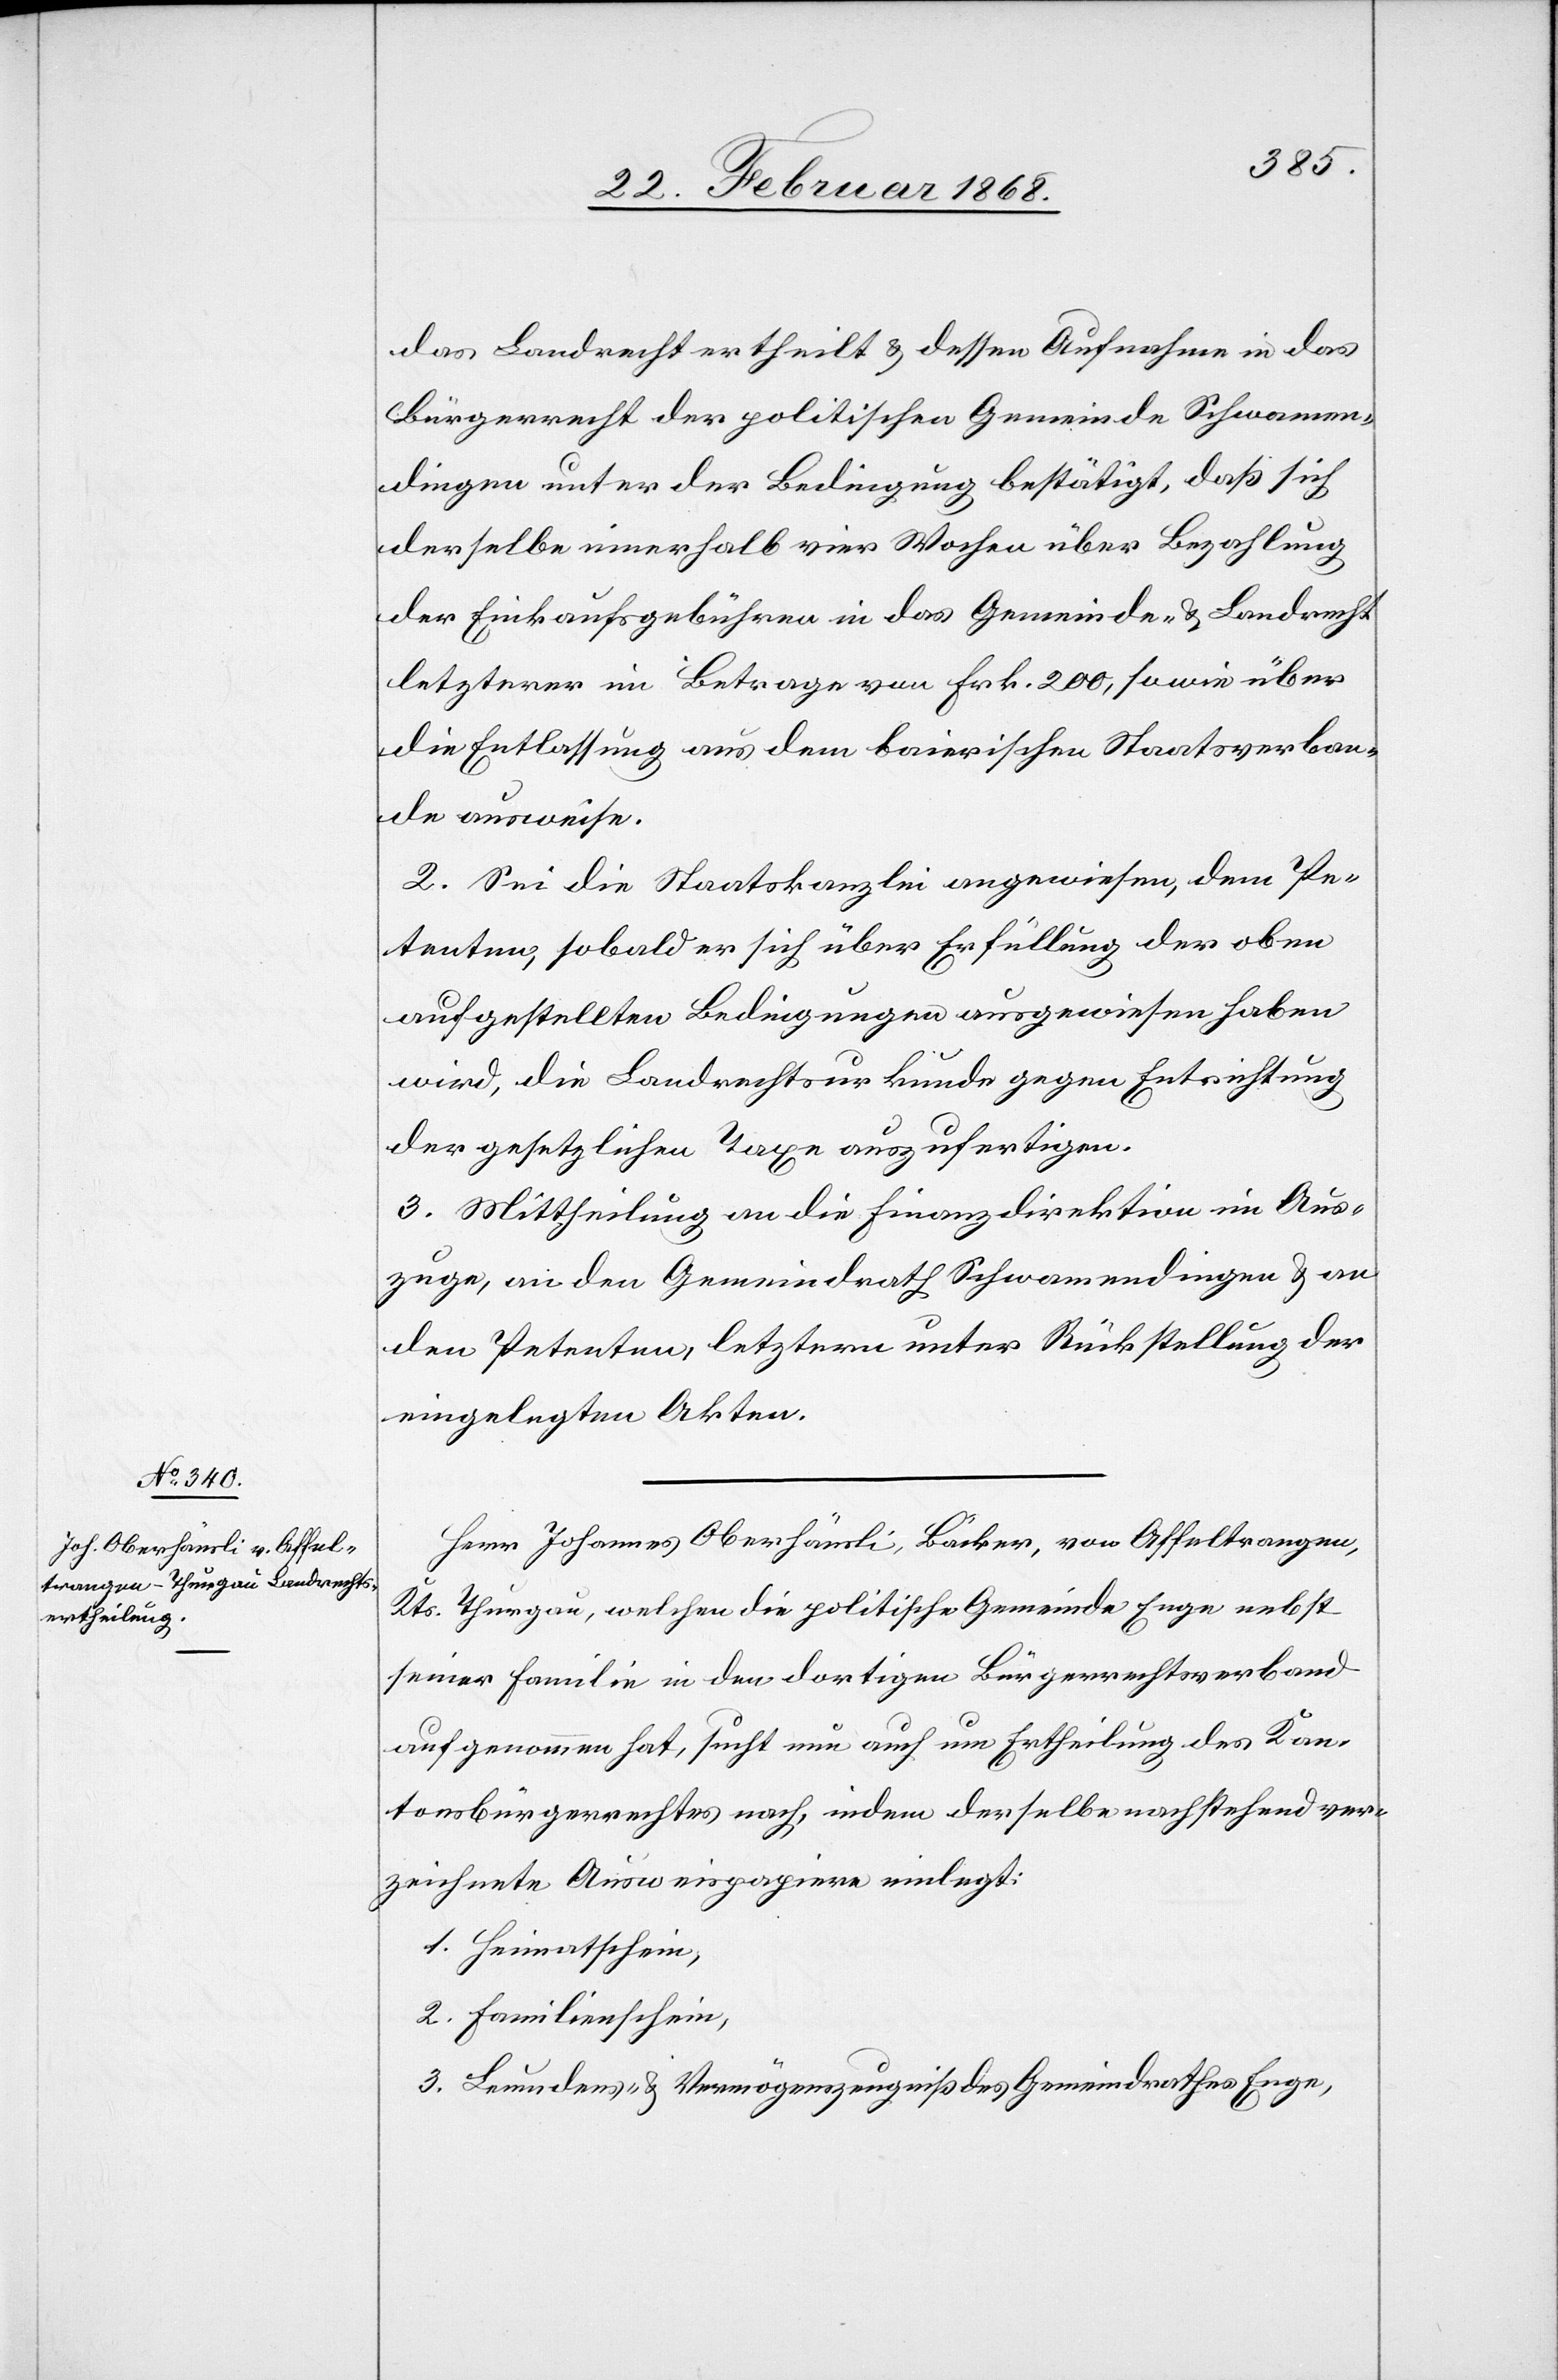
das Landrecht ertheilt & dessen Aufnahme in das
Bürgerrecht der politischen Gemeinde Schwamen¬
dingen unter der Bedingung bestätigt, daß sich
derselbe innerhalb vier Wochen über Bezahlung
der Einkaufsgebühren in das Gemeinde- & Landrecht
letzterer im Betrage von Frk. 200, sowie über
die Entlassung aus dem baierischen Staatsverban¬
de ausweise.
2. Sei die Staatskanzlei angewiesen, dem Pe¬
tenten, sobald er sich über Erfüllung der oben
aufgestellten Bedingungen ausgewiesen haben
wird, die Landrechtsurkunde gegen Entrichtung
der gesetzlichen Taxe auszufertigen.
3. Mittheilung an die Finanzdirektion im Aus¬
zuge, an den Gemeindrath Schwamendingen & an
den Petenten, letztern unter Rückstellung der
eingelegten Akten.
Herr Johannes Oberhäusli, Bäcker, von Affeltrangen,
Kts. Thurgau, welchen die politische Gemeinde Enge nebst
seiner Familie in den dortigen Bürgerrechtsverband
aufgenommen hat, sucht nun auch um Ertheilung des Kan¬
tonsbürgerrechtes nach, indem derselbe nachstehend ver¬
zeichnete Ausweispapiere einlegt:
Heimatschein,
Leumdens- & Vermögenszeugniß des Gemeindrathes Enge,